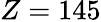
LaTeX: Z=145